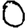
Digit: 0